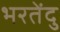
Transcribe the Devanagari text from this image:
भरतेंदु